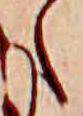
た